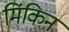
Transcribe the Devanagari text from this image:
मिंकिन